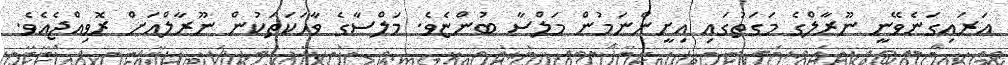
އަރައިގަނެވޭނީ ނޫރާލްގެ މަގަތުގައި އިށީންނަމުން މަލްސާ ބުންޏެވެ. މަލްސާގެ ވާހަކަތަކުން ނޫރާލްއަށް ރޮވިއްޖެއެވެ.